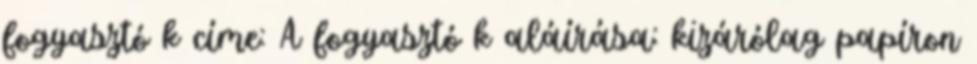
fogyasztó k címe: A fogyasztó k aláírása: kizárólag papíron